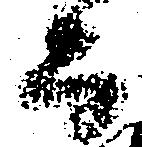
而